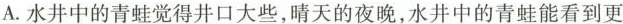
A.水井中的青蛙觉得井口大些，晴天的夜晚，水井中的青蛙能看到更